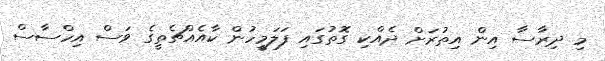
މި ދިރާސާ އިން އިތުރަށް ދެއްކި ގޮތުގައި ފަލަމީހުން ކާއެއްޗެތީގެ ވަސް އިހްސާސް